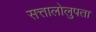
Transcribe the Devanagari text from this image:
सत्तालोलुपता